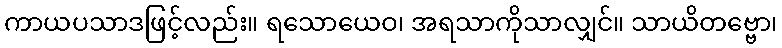
ကာယပသာဒဖြင့်လည်း။ ရသောယေဝ၊ အရသာကိုသာလျှင်။ သာယိတဗ္ဗော၊